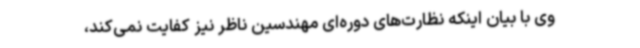
وی با بیان اینکه نظارت‌های دوره‌ای مهندسین ناظر نیز کفایت نمی‌کند،